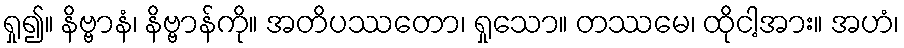
ရှု၍။ နိဗ္ဗာနံ၊ နိဗ္ဗာန်ကို။ အတိပဿတော၊ ရှုသော။ တဿမေ၊ ထိုငါ့အား။ အဟံ၊